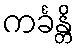
ကင်္ခန္တိ